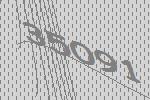
35091